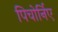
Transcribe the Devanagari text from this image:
पिचोर्निए